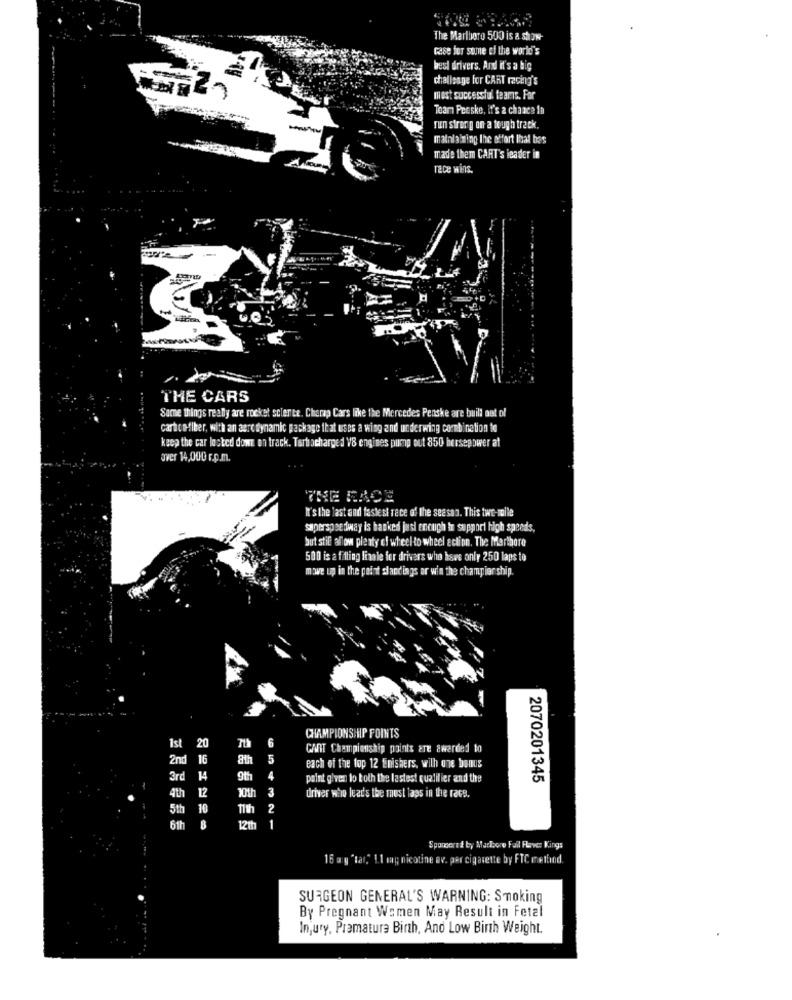
The Marlboro 500 is a show
case for some of the world's
best drivers. And it's a big
challenge for CART racing's
most successful teamis. For
Team Peeske, it's a chance 1b
run stror g on a tough track.
mathla zing the effort lhal bes
made them CART's leader in
race Wins.
THE CARS
Samme things really are rocket science. Cherap Cars like the Mercedes Penske are build out of
carticefiber, with an aero dynamic package that uses a wisg and underwing combination to
keep the car locked down on track. Turbocharged V8 engines pump out 850 horsepower at
over 14,000 r.p.m.
THE FACE
It's the last and fastest rece of the season. This two-mile
saperspeedway is backed just enough I support high speeds,
but stil allow plenty of wheel to wheel ection. The Marthore
500 is a fitting linale for drivers who have only 250 laps to
m:we up in the point slandings or win the champier ship.
6
CHAMPIONSHIP FOINTS
Ist
20
CANT Championship points are awarded to
2nd
16
8th
each of the top 12 Enishers, wilh une bonus
3rd
14
9th
4
paint given to both the lastest qualifier and the
2070201345
12
10th
3
driver who leads the must laps in the race.
4th
5th
10
11th
2
6th
8
12th
1
Sponsored by Marlboro Fall Faves Kings
16 ay "tar," 1.1 og nicotine av. per cigarette by FTC metlind.
SURGEON GENERAL'S WARNING: Smoking
By Pregnant Women May Result in Fetal
Injury. Prematura Birth, And Low Birth Weight.